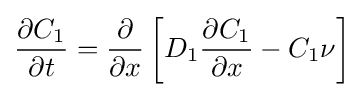
{\frac {\partial C_{1}}{\partial t}}={\frac {\partial }{\partial x}}\left[D_{1}{\frac {\partial C_{1}}{\partial x}}-C_{1}\nu \right]